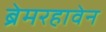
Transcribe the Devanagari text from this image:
ब्रेमरहावेन